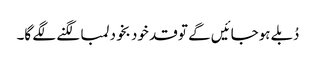
دُبلے ہوجائیں گے تو قد خود بخود لمبا لگنے لگے گا۔